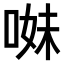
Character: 𠵈